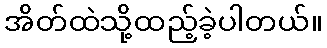
အိတ်ထဲသို့ထည့်ခဲ့ပါတယ်။